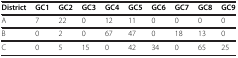
<table><thead><tr><td><b>District</b></td><td><b>GC1</b></td><td><b>GC2</b></td><td><b>GC3</b></td><td><b>GC4</b></td><td><b>GC5</b></td><td><b>GC6</b></td><td><b>GC7</b></td><td><b>GC8</b></td><td><b>GC9</b></td></tr></thead><tbody><tr><td>A</td><td>7</td><td>22</td><td>0</td><td>12</td><td>11</td><td>0</td><td>0</td><td>0</td><td>0</td></tr><tr><td>B</td><td>0</td><td>2</td><td>0</td><td>67</td><td>47</td><td>0</td><td>18</td><td>13</td><td>0</td></tr><tr><td>C</td><td>0</td><td>5</td><td>15</td><td>0</td><td>42</td><td>34</td><td>0</td><td>65</td><td>25</td></tr></tbody></table>